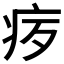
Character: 𪽨